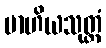
ဗာဟိယသုတ္တံ